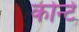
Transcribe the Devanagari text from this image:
कोन्टे